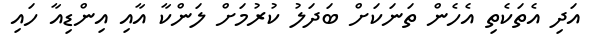
އަދި އެތަކެތި އެހެން ތަނަކަށް ބަދަލު ކުރުމަށް ލަންކާ އާއި އިންޑިއާ ހައި